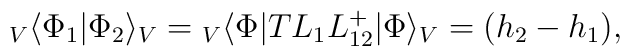
{}_V\langle\Phi_1 |\Phi_2\rangle_V={}_V\langle\Phi|T L_1L_{12}^+|\Phi\rangle_V=(h_2-h_1),